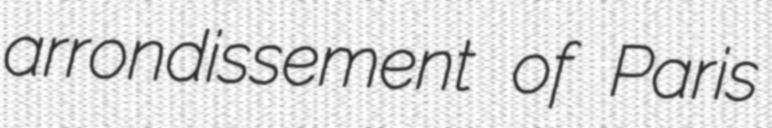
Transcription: arrondissement of Paris